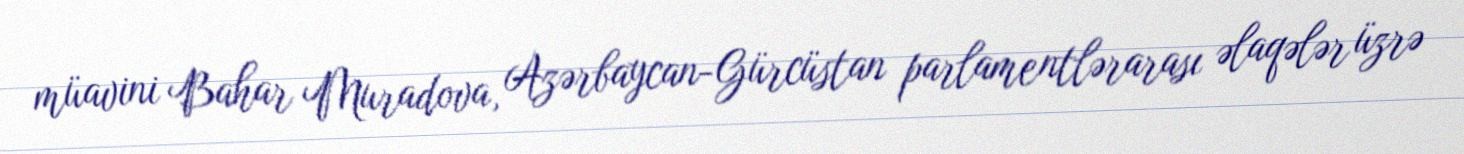
müavini Bahar Muradova, Azərbaycan-Gürcüstan parlamentlərarası əlaqələr üzrə